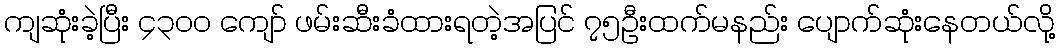
ကျဆုံးခဲ့ပြီး ၄၃၀၀ ကျော် ဖမ်းဆီးခံထားရတဲ့အပြင် ၇၅ဦးထက်မနည်း ပျောက်ဆုံးနေတယ်လို့